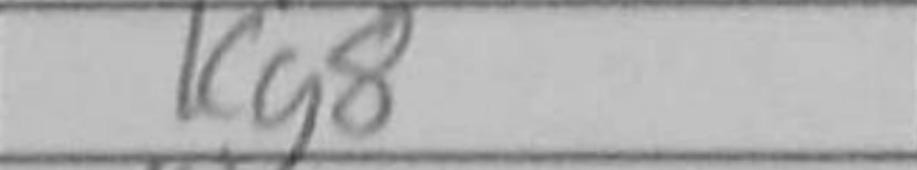
Transcription: Kh8